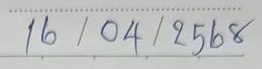
16 / 04 / 2568